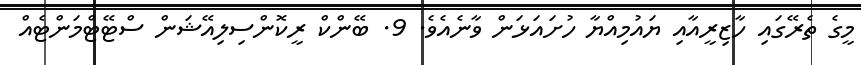
މީގެ ތެރޭގައި ހާޒިރީއާއި ޔައުމިއްޔާ ހުށައަޅަން ވާނެއެވެ. 9. ބޭންކް ރީކޮންސިލިއޭޝަން ސްޓޭޓްމަންޓެއް